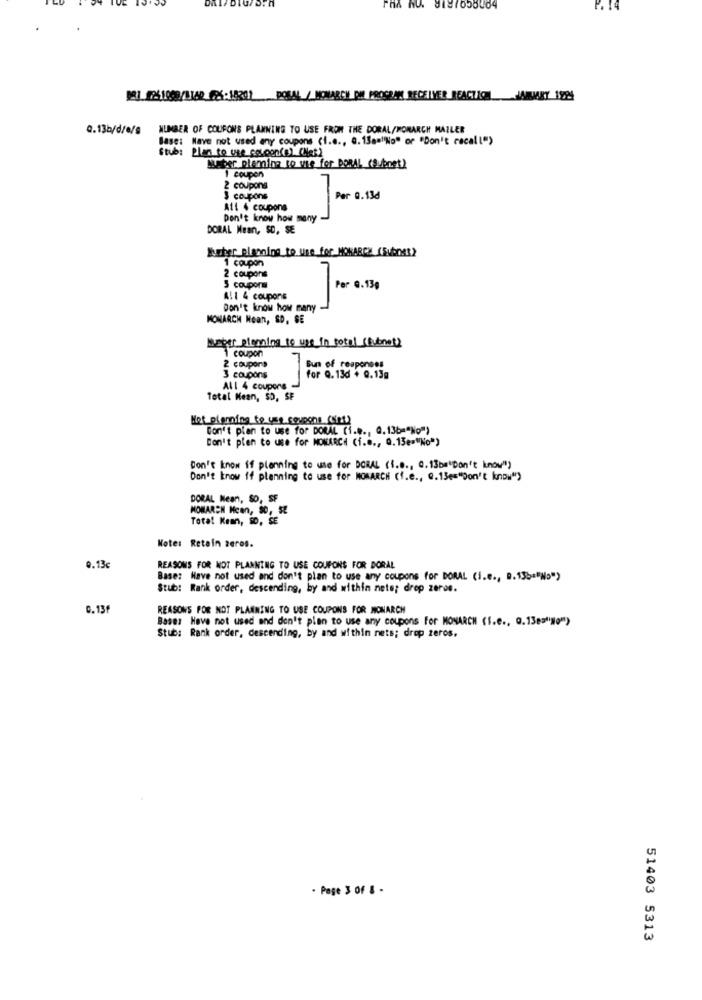
981. 926 1009/B140_626:18207 POSAL / MONARCH PH PROGRAMI RECEIVER REACTION JANUARY 1924
Q.13b/d/e/s
NUMBER OF COUPONS PLANNING TO USE FROM THE DORAL/MONARCH MAILER
Base: Nave not used any coupons (1 ..., 0. 13am"No" or "Don't recall")
Stub: Plan to use coloon(0) (Net)
suEber plemina to vie for DORAL (Subnet?
1 coupon
2 coupons
3 coupons
Per 0.13d
Att 4 coupons
Don't know how many
DORAL Mean, $D, SE
Kurter planning to use_for_MONARCH (Subnet2
1 coupon
J
2 coupons
5 coupons
Per @.13g
Al1 4 coupons
Don't know how many
MONARCH Noan, SD, SE
aber planning to use_in total (lubnet2
1 coupon
2 coupons
Sum of responses
3 coupons
for Q.136 + 0.13g
All 4 coupons
Total Mean, SD, SE
Mot planning to use coupons diet)
Don't pian to use for DORAL (i.e ., Q.136="No")
Don't plen to use for MONARCH (i.e ., Q.13e="No")
Don't know if planning to use for DORAL (1.8 ., Q. 13bm"Don't know")
Don't know if planning to use for MONARCH (f.e ., Q.13e="Don't know")
DORAL Mean, So, SF
MOMAREN Mcen, 50, SE
Total Kemn, SD, SE
Note: Retain zeros.
0.13c
REASONS FOR NOT PLANNING TO USE COUPONS FOR DORAL
Base: Have not used and don't plan to use any coupons for DORAL (i.e ., D.155="No")
Stub: Rank order, descending, by and within nete; drop zeros.
0.13f
REASONS FOR NOT PLANNING TO USE COUPONS FOR MONARCH
Bases Have not used and don't plan to use any coupons For MONARCH (1.e ., Q.13e="No")
Stub: Rank order, descending, by and within nets; drop zeros.
. Page 3 of 8 -
51403 5313